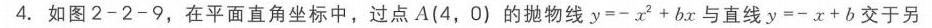
4. 如图2 - 2 - 9，在平面直角坐标系中，过点\(A(4,0)\)的抛物线\(y=-x^{2}+bx\)与直线\(y=-x + b\)交于另